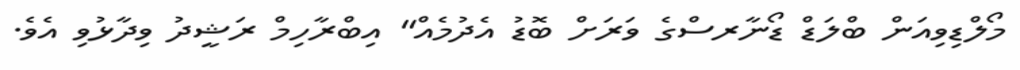
މޯލްޑިވިއަން ބްލަޑް ޑޯނާރސްގެ ވަރަށް ބޮޑު އެދުމެއް" އިބްރާހިމް ރަޝީދު ވިދާޅުވި އެވެ.